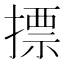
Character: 摽